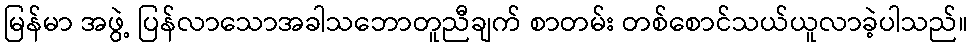
မြန်မာ အဖွဲ့ ပြန်လာသောအခါသဘောတူညီချက် စာတမ်း တစ်စောင်သယ်ယူလာခဲ့ပါသည်။